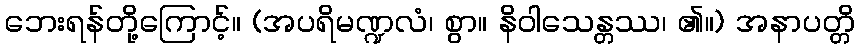
ဘေးရန်တို့ကြောင့်။ (အပရိမဏ္ဍလံ၊ စွာ။ နိဝါသေန္တဿ၊ ၏။) အနာပတ္တိ